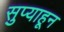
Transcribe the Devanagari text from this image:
सुप्याहून